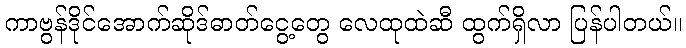
ကာဗွန်ဒိုင်အောက်ဆိုဒ်ဓာတ်ငွေ့တွေ လေထုထဲဆီ ထွက်ရှိလာ ပြန်ပါတယ်။